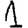
Digit: 1